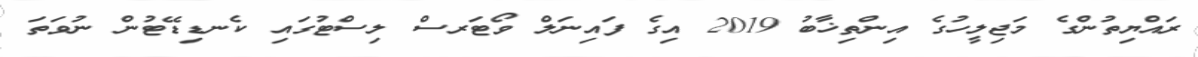
ރައްޔިތުންގެ މަޖިލީހުގެ އިންތިޚާބު 2019 އިގެ ފައިނަލް ވޯޓަރސް ލިސްޓުގައި ކެނޑިޑޭޓުން ނުވަތަ